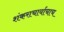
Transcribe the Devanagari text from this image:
शंकराचार्याचाच